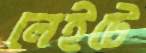
লেইটে